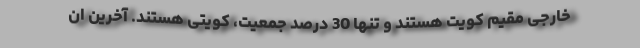
خارجی مقیم کویت هستند و تنها 30 درصد جمعیت، کویتی هستند. آخرین ان